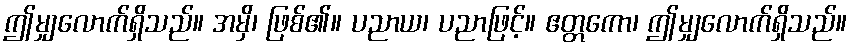
ဤမျှလောက်ရှိသည်။ အမှိ၊ ဖြစ်၏။ ပညာယ၊ ပညာဖြင့်။ ဧတ္တကော၊ ဤမျှလောက်ရှိသည်။